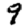
Digit: 9